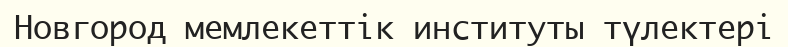
Новгород мемлекеттік институты түлектері